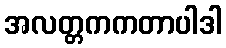
အလတ္တကကတာပါဒါ